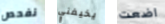
نفحص يخيفني اضعت